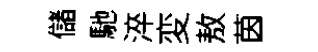
儲馳淬変敖茵